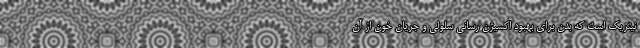
نیتریک است که بدن برای بهبود اکسیژن رسانی سلولی و جریان خون از آن